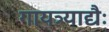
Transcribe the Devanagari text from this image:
गायत्र्याद्यैः